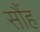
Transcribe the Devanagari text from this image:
सौंह